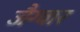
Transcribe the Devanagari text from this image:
जैग्वार